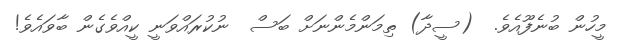
މީހުން ބުނެފޫއެވެ.  (ސީދާ) ތިމަންމެންނަށް ބަސް  ނުކުރައްވަނީ ކީއްވެގެން ބާވައެވެ!